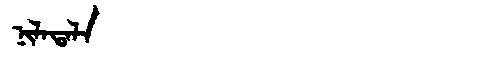
Manchu: ᠨᡳᠯᠠᡨᠠᠯᠠ
Romanization: NILATALA